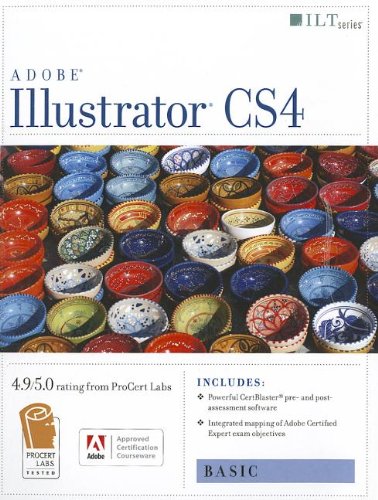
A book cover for Illustrator Cs4: Basic, Ace Edition + Certblaster (ILT); Computers & Technology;